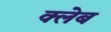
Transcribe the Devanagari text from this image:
क्लेब